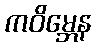
ကဝိမ္ဘေန